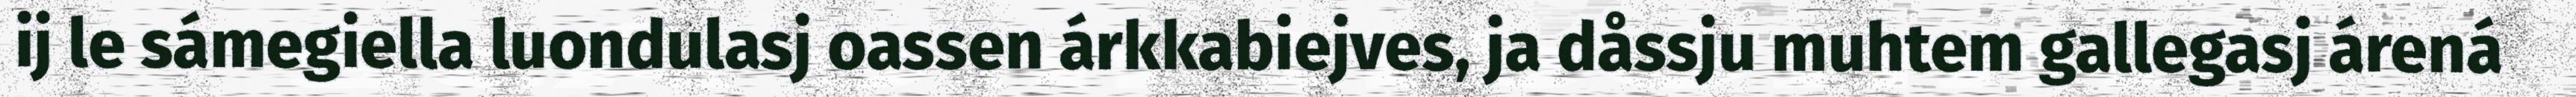
ij le sámegiella luondulasj oassen árkkabiejves, ja dåssju muhtem gallegasj árená